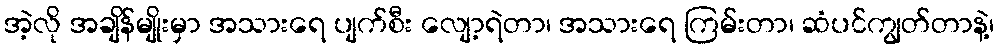
အဲ့လို အချိန်မျိုးမှာ အသားရေ ပျက်စီး လျော့ရဲတာ၊ အသားရေ ကြမ်းတာ၊ ဆံပင်ကျွတ်တာနဲ့၊